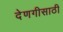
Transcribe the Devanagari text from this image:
देणगीसाठी